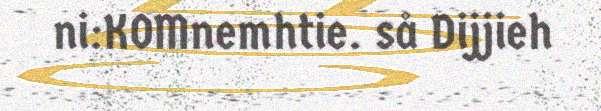
ni:KOMnemhtie. så Dijjieh